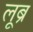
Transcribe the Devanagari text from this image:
लूब्र